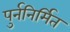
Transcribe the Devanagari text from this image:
पुर्ननिर्मित